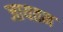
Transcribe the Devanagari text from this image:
जायतन